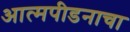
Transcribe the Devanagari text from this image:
आत्मपीडनाचा